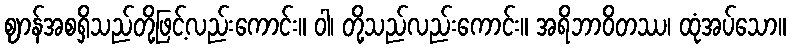
ဈာန်အစရှိသည်တို့ဖြင့်လည်းကောင်း။ ဝါ၊ တို့သည်လည်းကောင်း။ အရိဘာဝိတဿ၊ ထုံအပ်သော။